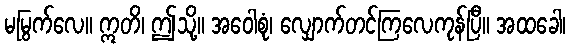
မမြွက်လေ။ ဣတိ၊ ဤသို့။ အဝေါစုံ၊ လျှောက်တင်ကြလေကုန်ပြီ။ အထခေါ၊